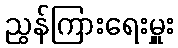
ညွန်ကြားရေးမှူး